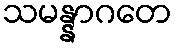
သမန္နာဂတေ